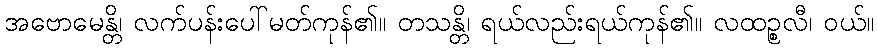
အဗောမေန္တိ၊ လက်ပန်းပေါ်မတ်ကုန်၏။ တသန္တိ၊ ရယ်လည်းရယ်ကုန်၏။ လထဉ္စလီ၊ ဝယ်။